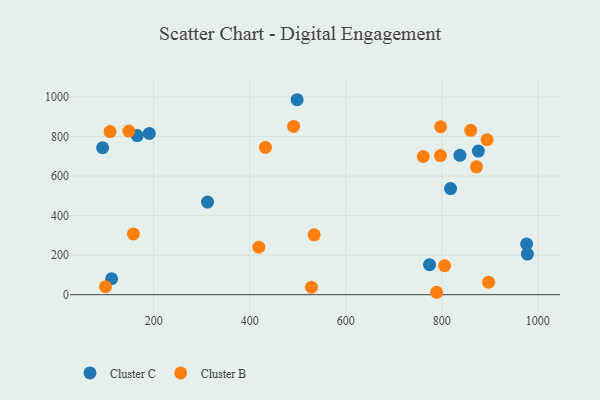
{"axis": {"x": "Experience", "y": "Yield"}, "legend": ["Cluster B", "Cluster C"], "data": [{"x": "165.8", "y": 804.9, "type": "Cluster C"}, {"x": "312.1", "y": 468.5, "type": "Cluster C"}, {"x": "190.9", "y": 815.5, "type": "Cluster C"}, {"x": "93.7", "y": 743.2, "type": "Cluster C"}, {"x": "837.7", "y": 704.7, "type": "Cluster C"}, {"x": "498.7", "y": 986.0, "type": "Cluster C"}, {"x": "818.2", "y": 536.9, "type": "Cluster C"}, {"x": "976.7", "y": 256.6, "type": "Cluster C"}, {"x": "774.5", "y": 151.6, "type": "Cluster C"}, {"x": "112.4", "y": 80.6, "type": "Cluster C"}, {"x": "876.1", "y": 726.3, "type": "Cluster C"}, {"x": "978.2", "y": 205.3, "type": "Cluster C"}, {"x": "148.2", "y": 827.2, "type": "Cluster B"}, {"x": "109.2", "y": 825.1, "type": "Cluster B"}, {"x": "418.9", "y": 240.2, "type": "Cluster B"}, {"x": "872.2", "y": 646.8, "type": "Cluster B"}, {"x": "805.8", "y": 146.8, "type": "Cluster B"}, {"x": "534.2", "y": 302.8, "type": "Cluster B"}, {"x": "99.7", "y": 40.1, "type": "Cluster B"}, {"x": "432.7", "y": 744.6, "type": "Cluster B"}, {"x": "894.3", "y": 783.7, "type": "Cluster B"}, {"x": "157.8", "y": 307.3, "type": "Cluster B"}, {"x": "761.4", "y": 698.9, "type": "Cluster B"}, {"x": "789.1", "y": 12.2, "type": "Cluster B"}, {"x": "860.2", "y": 831.2, "type": "Cluster B"}, {"x": "797.2", "y": 703.4, "type": "Cluster B"}, {"x": "491.4", "y": 850.8, "type": "Cluster B"}, {"x": "797.6", "y": 849.3, "type": "Cluster B"}, {"x": "897.5", "y": 63.2, "type": "Cluster B"}, {"x": "528.7", "y": 37.8, "type": "Cluster B"}]}